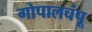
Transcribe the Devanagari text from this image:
गोपालचंपू